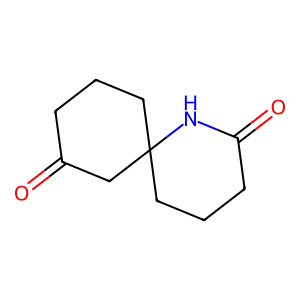
SMILES: O=C1CCCC2(CCCC(=O)N2)C1
Inhibits HIV replication: No